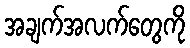
အချက်အလက်တွေကို